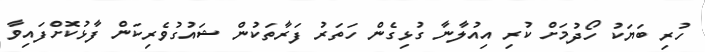
ހުރި ބަޔަކު ހޯދުމަށް ކުރި އިއުލާނާ ގުޅިގެން ހަތަރު ފަރާތަކުން ޝައުގުވެރިކަން ފާޅުކޮށްފައިވާ